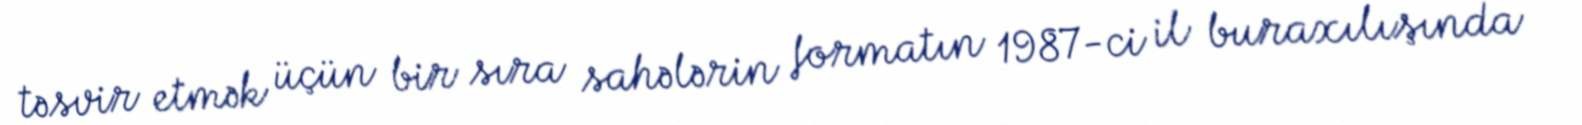
təsvir etmək üçün bir sıra sahələrin formatın 1987-ci il buraxılışında